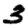
Digit: 3